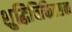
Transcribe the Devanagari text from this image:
शुद्धिचिकित्सक